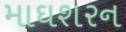
માઘશરન